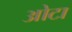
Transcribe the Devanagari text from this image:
ओेटा